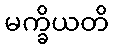
မက္ခိယတိ